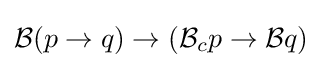
{\mathcal {B}}(p\to q)\to ({\mathcal {B}}_{c}p\to {\mathcal {B}}q)